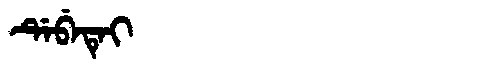
Manchu: ᡩᡝᠪᡝᡨᡝᡳ
Romanization: DEBETEI